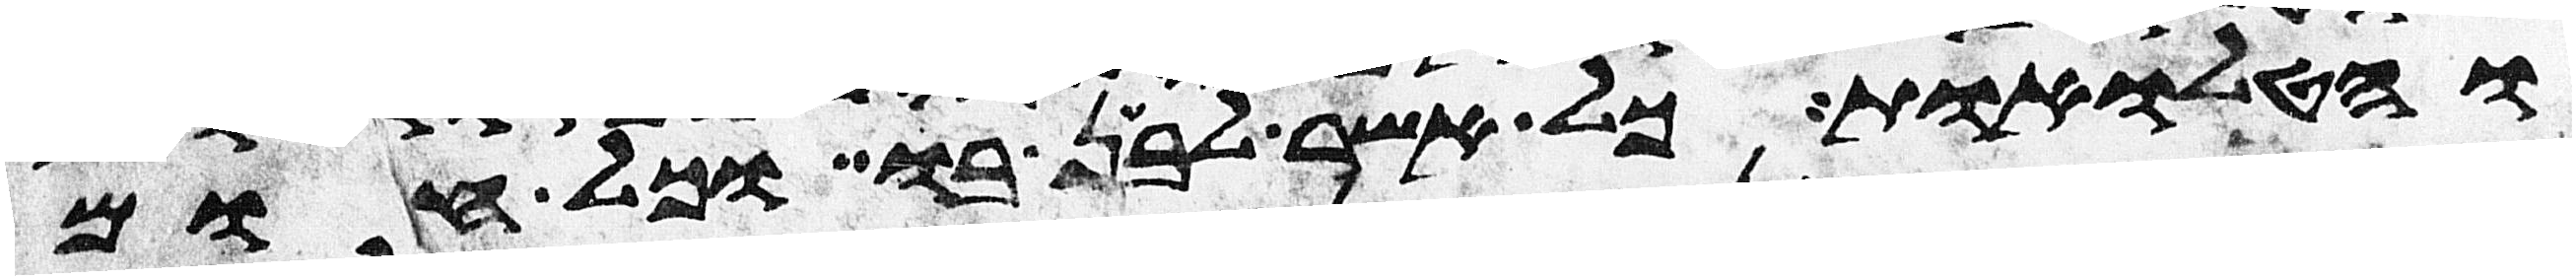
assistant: והטלואת כל אשר לבן בו וכל חום